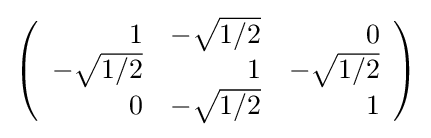
{\textstyle \left({\begin{array}{rrr}1&-{\sqrt {1/2}}&0\\-{\sqrt {1/2}}&1&-{\sqrt {1/2}}\\0&-{\sqrt {1/2}}&1\\\end{array}}\right)}